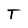
Character: T